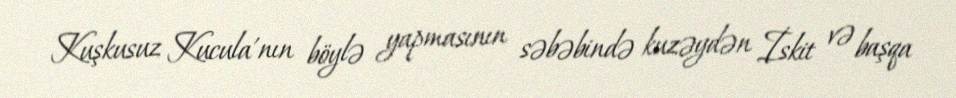
Kuşkusuz Kucula'nın böylə yapmasının səbəbində kuzəydən İskit və başqa